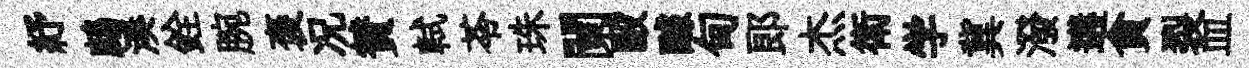
紓鷓湊銓腕褒况賛軾苓珠闌毆醵甸郎杰衛学冀潑遘貪裂皿